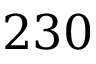
2 3 0